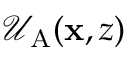
\mathcal { U } _ { \mathrm { A } } ( \mathbf { x } , z )